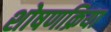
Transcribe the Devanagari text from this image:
शोषणक्रिया